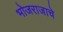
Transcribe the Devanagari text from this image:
भोजराजाचे